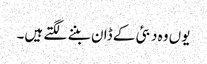
یوں وہ دبئی کے ڈان بننے لگتے ہیں۔